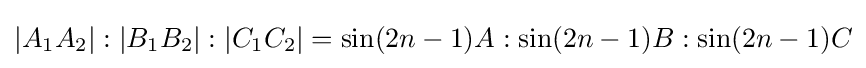
|A_{1}A_{2}|:|B_{1}B_{2}|:|C_{1}C_{2}|=\sin(2n-1)A:\sin(2n-1)B:\sin(2n-1)C